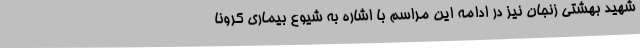
شهید بهشتی زنجان نیز در ادامه این مراسم با اشاره به شیوع بیماری کرونا